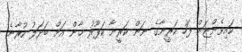
ކައިވެންޏަށް ފަހު ކަރީނާގެ ނަން ކަރީނާ ކަޕޫރު ޚާން އަށް ބަދަލު ކުރާނެ